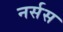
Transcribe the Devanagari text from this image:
नर्सस